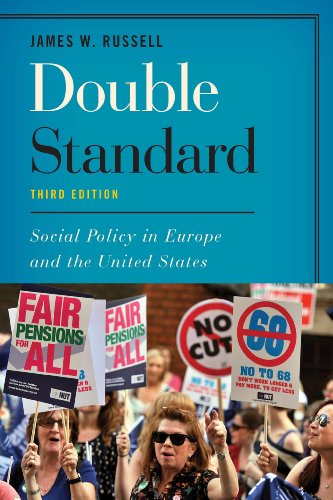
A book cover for Double Standard: Social Policy in Europe and the United States; James W. Russell; Law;